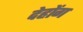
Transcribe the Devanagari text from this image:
देहोंग